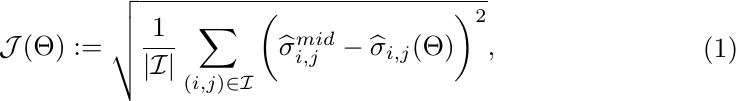
\begin{equation}
  \begin{aligned}
    & \mathcal{J}(\Theta) := \sqrt{ \frac{1}{\vert \mathcal{I} \vert} \sum_{(i,j)\in \mathcal{I}} \bigg( \widehat \sigma_{i,j}^{mid} - \widehat \sigma_{i,j}(\Theta) \bigg)^2},
  \end{aligned}\label{calibration_error}
\end{equation}